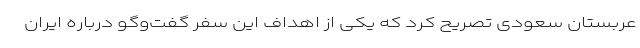
عربستان سعودی تصریح کرد که یکی از اهداف این سفر گفت‌وگو درباره ایران